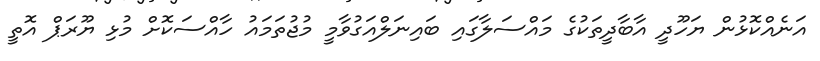
އަނެއްކޮޅުން ޔަހޫދީ އާބާދީތަކުގެ މައްސަލާގައި ބައިނަލްއަގުވާމީ މުޖުތަމައު ހާއްސަކޮށް މުޅި ޔޫރަޕް އޮތީ